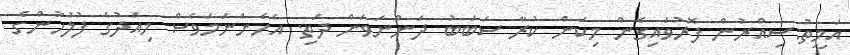
އަމީތު:ސިއްރުން ފޮރުވައިގެން މިކަން ކުރާ ސަބަބު ދަންނަވަން ދަތި. އެހެންނަމަވެސް މިއަދުގެ ފުލުހުންގެ